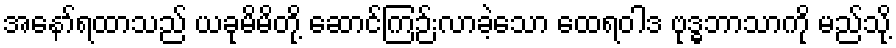
အနော်ရထာသည် ယခုမိမိတို့ ဆောင်ကြဉ်းလာခဲ့သော ထေရဝါဒ ဗုဒ္ဓဘာသာကို မည်သို့